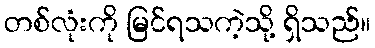
တစ်လုံးကို မြင်ရသကဲ့သို့ ရှိသည်။